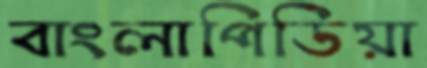
বাংলাপিডিয়া